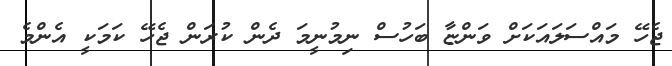
ޖެހޭ މައްސަލައަކަށް ވަންޏާ ބަހުސް ނިމުނީމަ ދެން ކުރަން ޖެހޭ ކަމަކީ އެންމެ